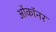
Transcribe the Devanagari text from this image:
ओंकॉनर